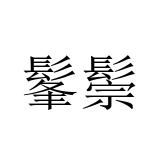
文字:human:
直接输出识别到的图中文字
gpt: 髼鬃